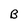
Character: B